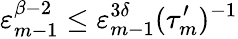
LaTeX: \varepsilon_{m-1}^{\beta-2}\leq\varepsilon_{m-1}^{3\delta}(\tau_{m}^{\prime})^{-1}